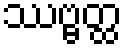
ဿဗ္ဗတ္ထ